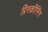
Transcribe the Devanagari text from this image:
प्रिस्क्रीनिंग